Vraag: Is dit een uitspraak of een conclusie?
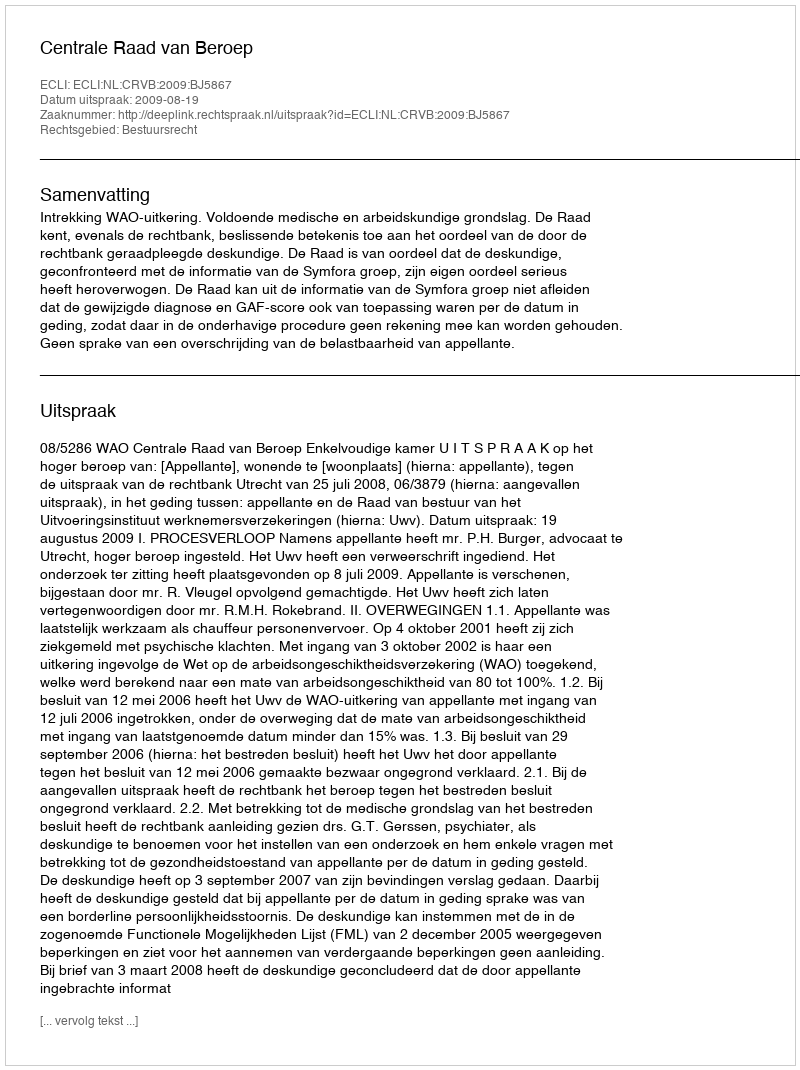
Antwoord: Uitspraak